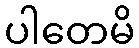
ပါတေမိ